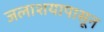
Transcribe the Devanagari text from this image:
जलाशयापासून